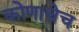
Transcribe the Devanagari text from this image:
कोणाचेच